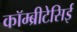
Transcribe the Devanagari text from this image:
कॉम्ब्रीटेसिई